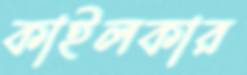
কাইলকার